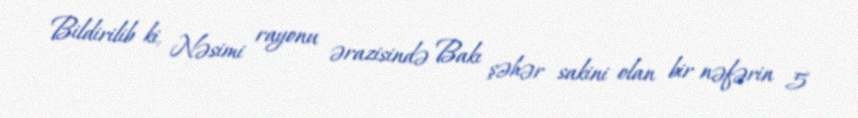
Bildirilib ki, Nəsimi rayonu ərazisində Bakı şəhər sakini olan bir nəfərin 5